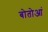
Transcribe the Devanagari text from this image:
बोतोआं